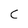
Character: C